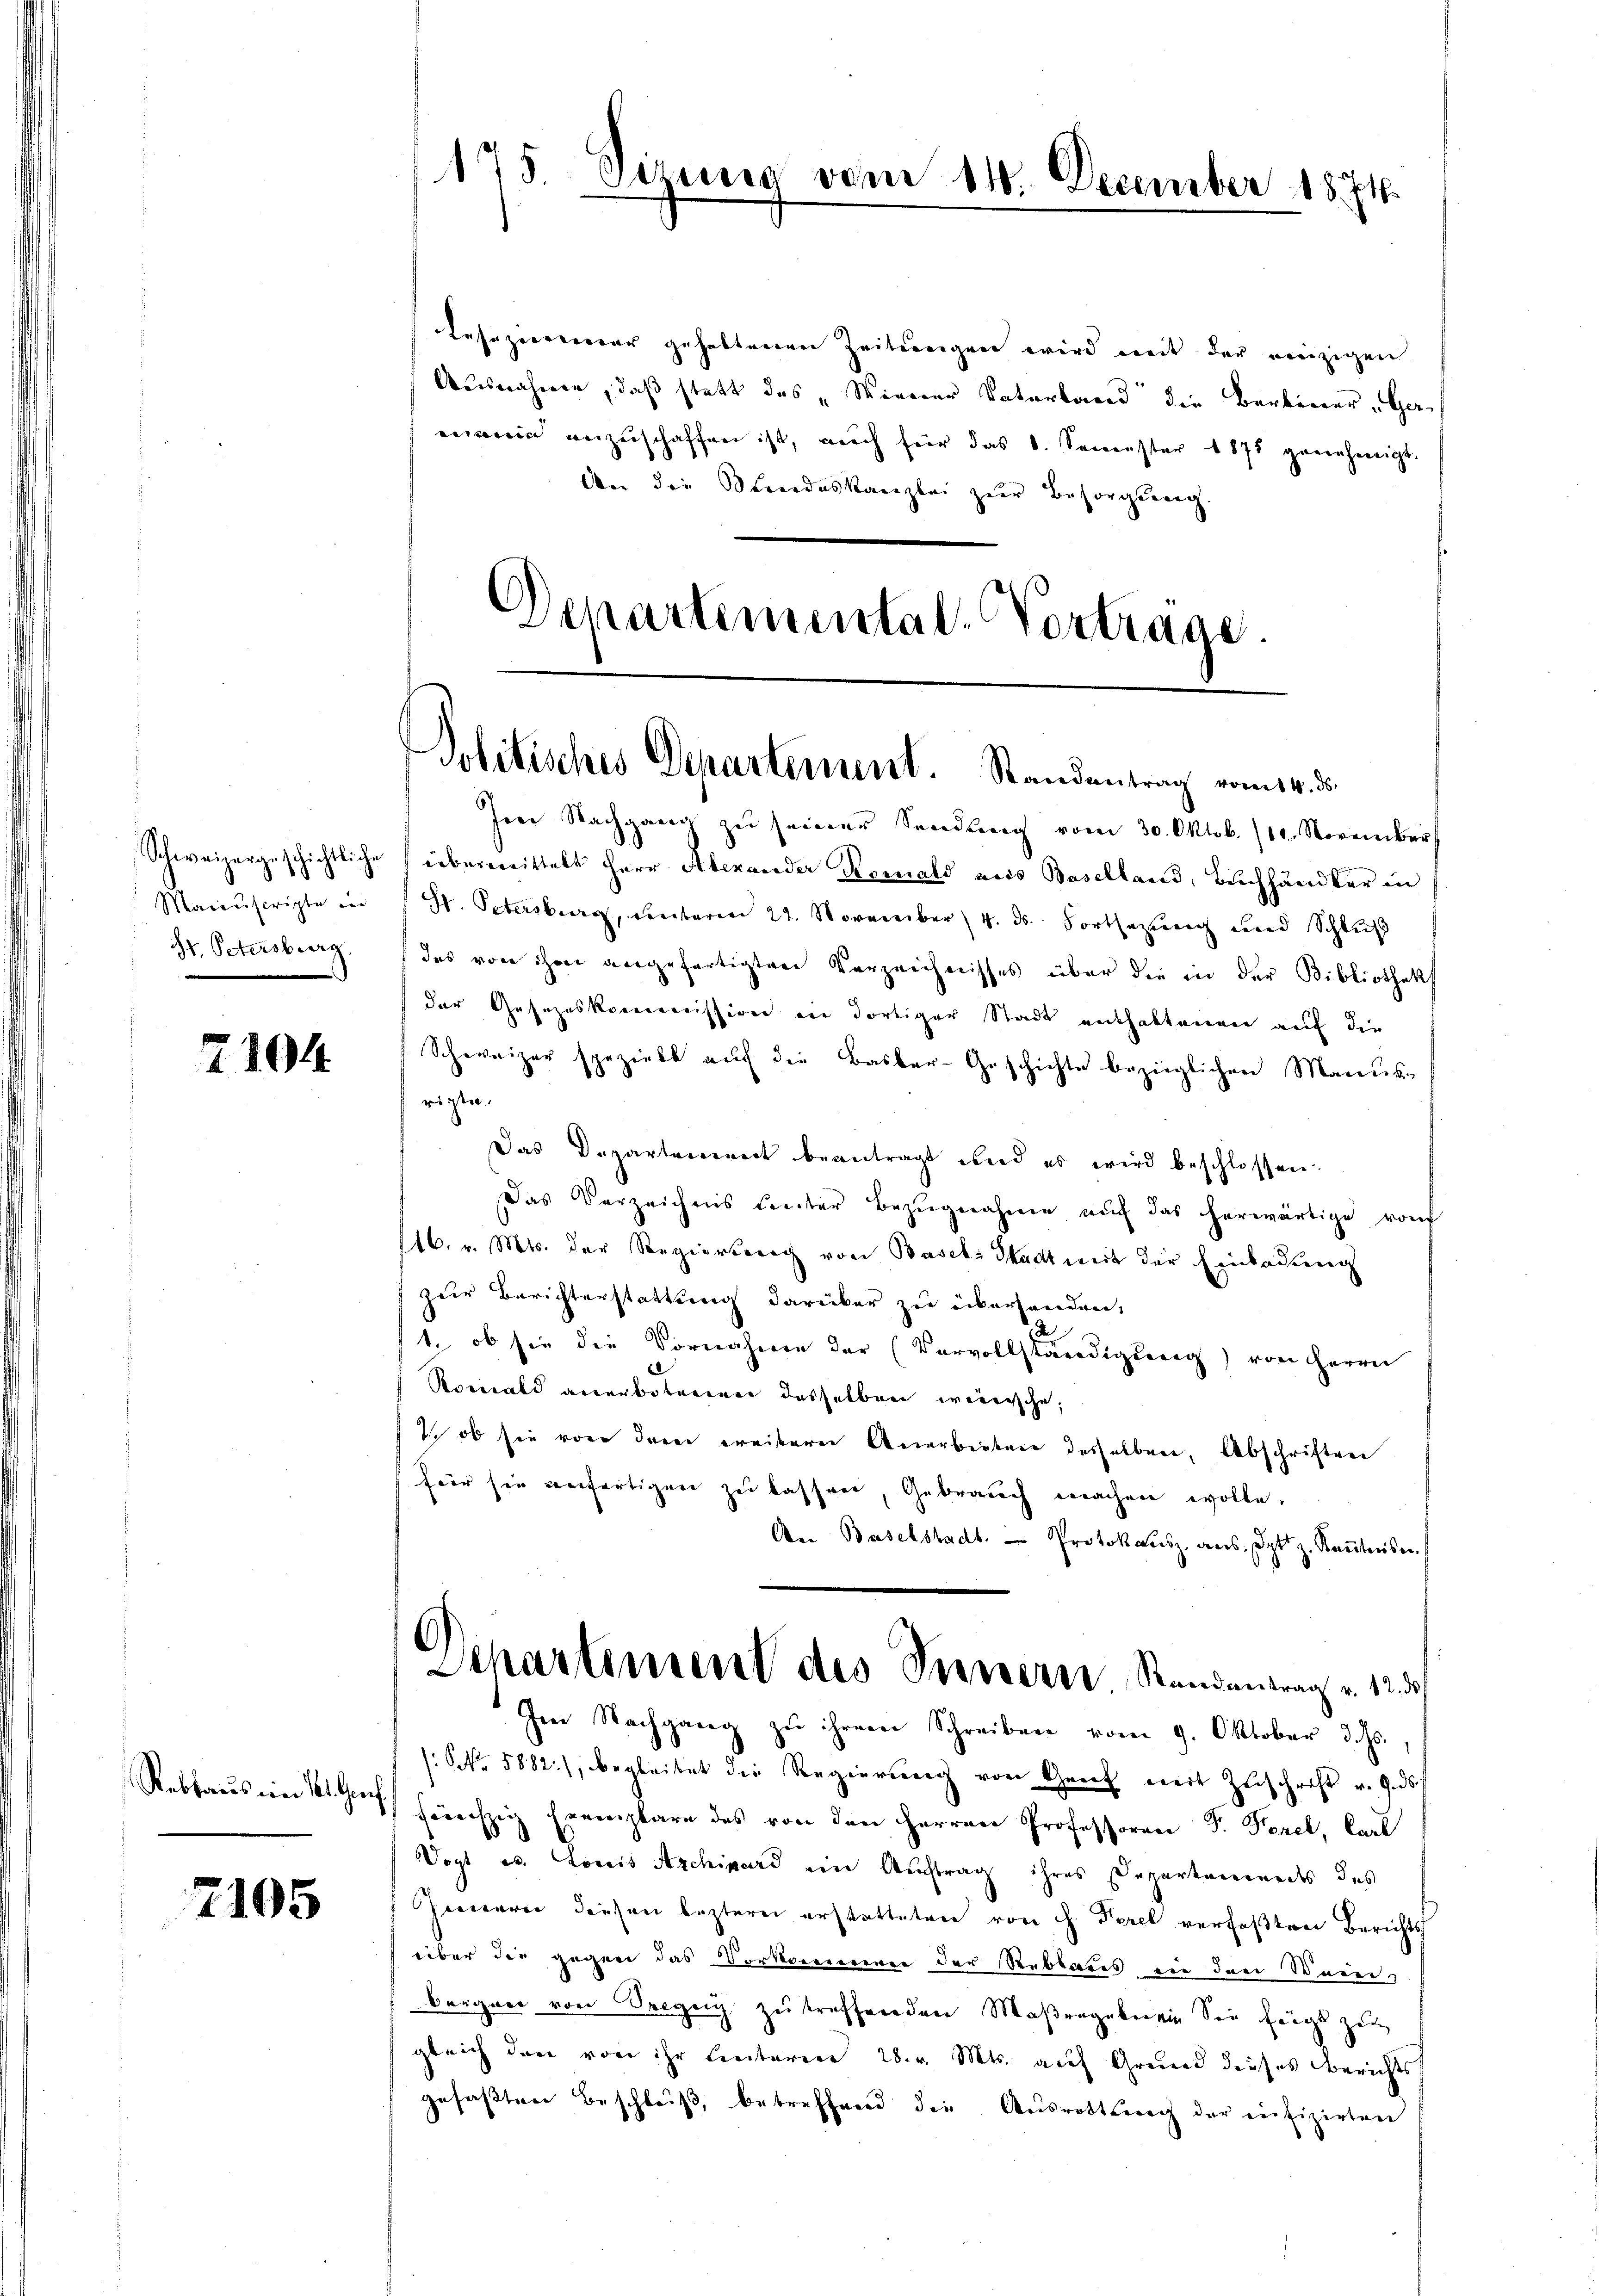
Maienscripte in
H. Petersburg.

7104

Rebtaus im St. Gen

2105

Lesezimmer gehaltenen Zeitungen wird weit der reizigen
Ausnahmen, daß statt des „Wiener Vaterband die Barbener Gererein anzuschaffen ist, auch für das 6. Seienster 1875 genehmigt.
An die Streideskanzlei zur Besorgung.
Departemental-Vortrage.

175. Sizung

vom 11. December 1874.

Politisches Departement. Standentrag vom 14. d.

Im Nachgang zŭ seiner Sendung vom 30. Oktob. /11. November
Schweizergeschichtliche übermittelt Herr Alexander Kornals aus Baselland, Buchhändler in
St. Petersburg, Unteren 22. November 4. ds. Fortsezung und Schlŭβ
das von ihm angefertigten Verzeichnisses über die in der Bibliothek
der Gesezeskommission in dortiger Stadt enthaltenen auf die
Schweizer speziell auf die Basler-Geschichte bezüglichen Manus
rigte.
Das Departereirect beantragt wird es wird beschlossen.
Das Verzeichnis leiter Bezŭgnahme aŭf das herwärtige von
16. v. Mts. der Regiersprach von Basels Stadt weit der Einladung
zur Berichterstattung darüber zu überhanden,
1., ob sie die Vornahmen der (Vervollständigung) von Herrn
Romald anerbotenen desselben weissche,
 ob sie von drei ereiterer Anerbieten desselben, Abschriften
für sie anfertigen zu lassen, Gebrauch machen wolle.
An Baselstadt. Protokousz aus. Spt z. Kantnisn
Departement des Innern. Randentrag v. 12. d.
Im Nachgang zŭ ihrem Schreiben vom 9. Oktober 3. ds.,
(Nr. 5882), begleitet die Regierung von Greit mit Zuschrift v. Ged
) herechzig Exemplare des von den Herren Professoren F. Forel, Carl
Vogt es. Loris Archivard ein Auftrag ihres Departemendes des
Innern diesen lezterer erstatteten von H. Perel verfaßten Berichts
über die gegen das Vorkaemie der Reblaus in der Weiberger von Seegen zu treffenden Maßregeln ein See fängt zu
gleich den von ihr Leiteren 28. v. Mts. auf Grund dieses Berichts
gefaßten Beschluß, betreffend die Ausrottung der einfizirten